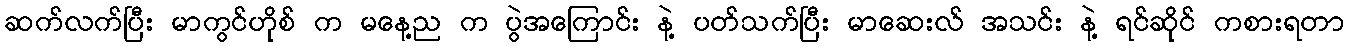
ဆက်လက်ပြီး မာကွင်ဟိုစ် က မနေ့ည က ပွဲအကြောင်း နဲ့ ပတ်သက်ပြီး မာဆေးလ် အသင်း နဲ့ ရင်ဆိုင် ကစားရတာ